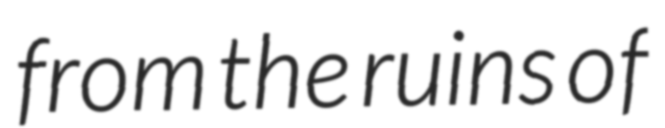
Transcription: from the ruins of